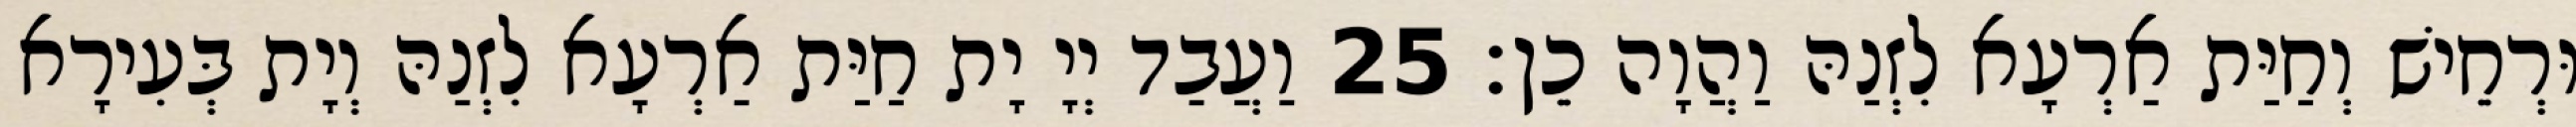
וּרְחֵישׁ וְחַיַּת אַרְעָא לִזְנַהּ וַהֲוָה כֵן׃ 25 וַעֲבַד יְיָ יָת חַיַּת אַרְעָא לִזְנַהּ וְיָת בְּעִירָא